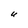
Character: U